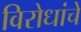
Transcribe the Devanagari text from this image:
विरोधांचे